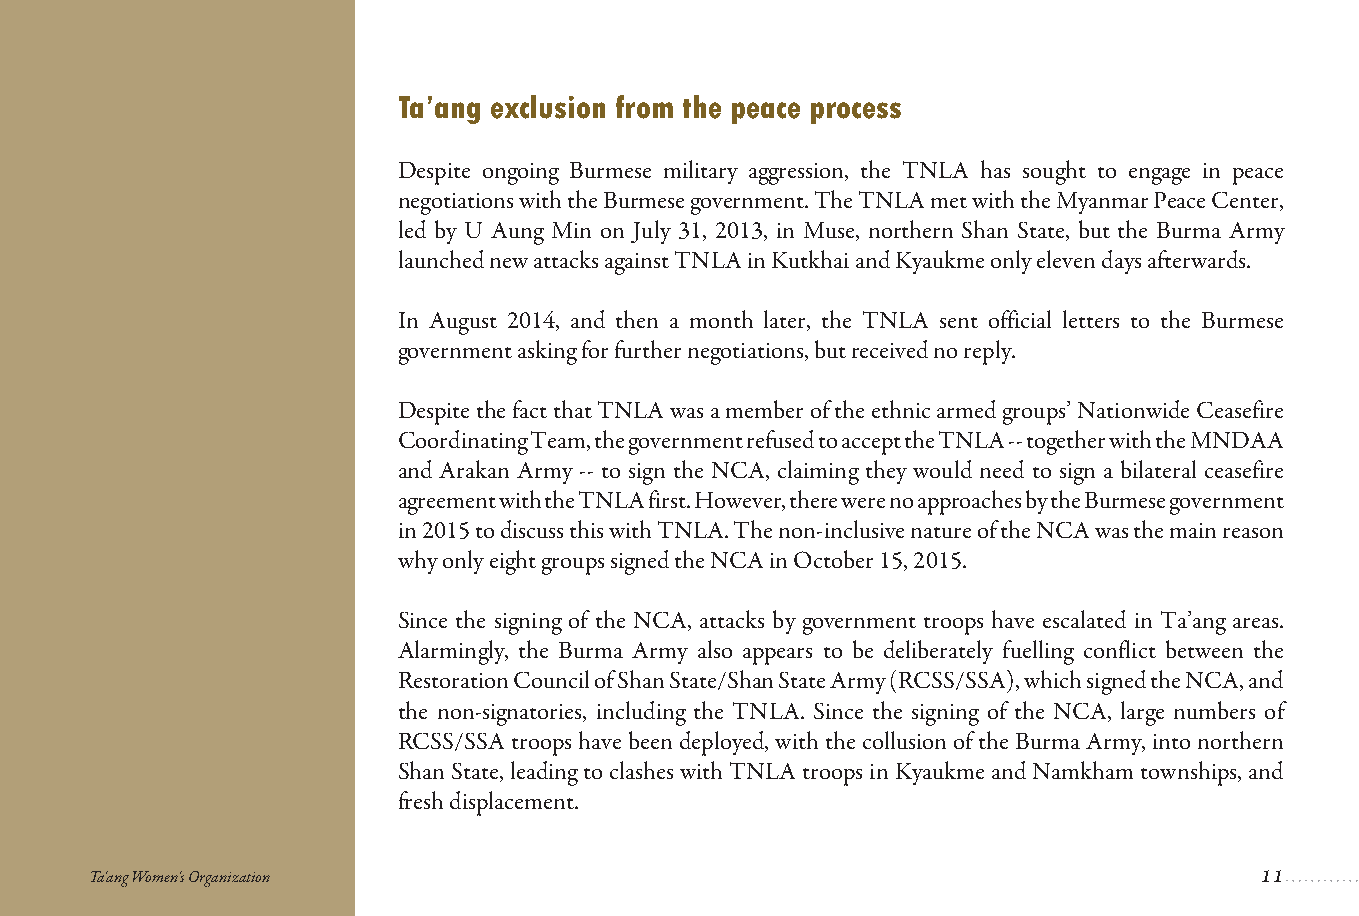
Ta’ang exclusion from the peace process
 Despite ongoing Burmese military aggression, the TNLA has sought to engage in peace
 negotiations with the Burmese government. The TNLA met with the Myanmar Peace Center,
 led by U Aung Min on July 31, 2013, in Muse, northern Shan State, but the Burma Army
 launched new attacks against TNLA in Kutkhai and Kyaukme only eleven days afterwards.
 In August 2014, and then a month later, the TNLA sent official letters to the Burmese
 government asking for further negotiations, but received no reply.
 Despite the fact that TNLA was a member of the ethnic armed groups’ Nationwide Ceasefire
 Coordinating Team, the government refused to accept the TNLA -- together with the MNDAA
 and Arakan Army -- to sign the NCA, claiming they would need to sign a bilateral ceasefire
 agreement with the TNLA first. However, there were no approaches by the Burmese government
 in 2015 to discuss this with TNLA. The non-inclusive nature of the NCA was the main reason
 why only eight groups signed the NCA in October 15, 2015.
 Since the signing of the NCA, attacks by government troops have escalated in Ta’ang areas.
 Alarmingly, the Burma Army also appears to be deliberately fuelling conflict between the
 Restoration Council of Shan State/Shan State Army (RCSS/SSA), which signed the NCA, and
 the non-signatories, including the TNLA. Since the signing of the NCA, large numbers of
 RCSS/SSA troops have been deployed, with the collusion of the Burma Army, into northern
 Shan State, leading to clashes with TNLA troops in Kyaukme and Namkham townships, and
 fresh displacement.
 Ta'ang Women's Organization
 11